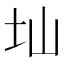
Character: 圸